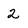
Character: 2